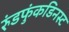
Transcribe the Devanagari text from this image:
रुंडफुंकडिनस्ट